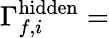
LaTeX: \Gamma_{f,i}^{\mathrm{hidden}}=